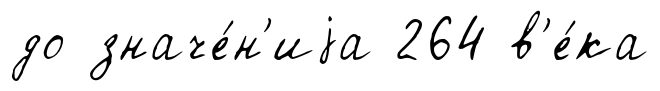
до значе́н'иjа 264 в'е́ка